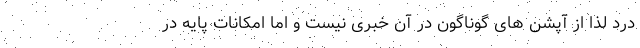
درد لذا از آپشن های گوناگون در آن خبری نیست و اما امکانات پایه در